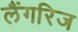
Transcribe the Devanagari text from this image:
लैंगरिज